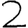
Digit: 2